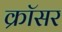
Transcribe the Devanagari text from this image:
क्रॉसर